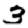
Digit: 3